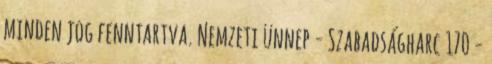
minden jog fenntartva. Nemzeti ünnep - Szabadságharc 170 -